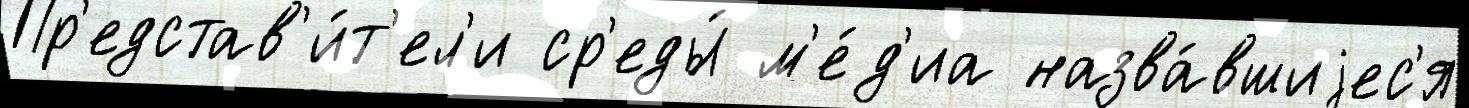
Пр'едстав'и́т'ел'и ср'еды́ м'е́д'иа назва́вшиjес'я